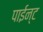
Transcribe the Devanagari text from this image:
पाईन्ट